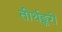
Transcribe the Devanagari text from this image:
तीर्थङ्करों